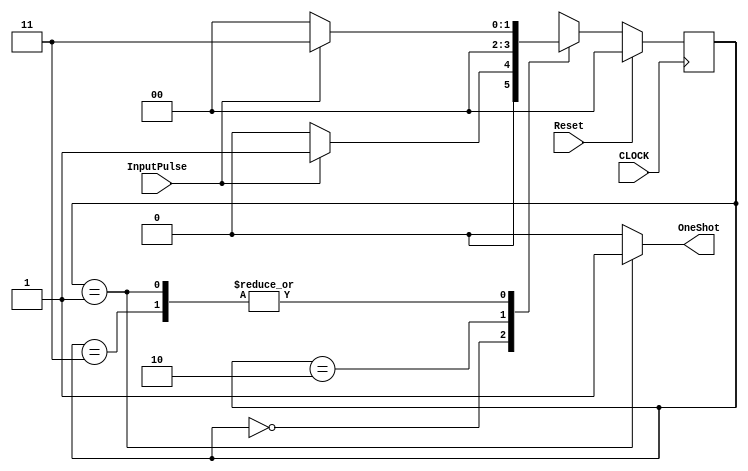
`timescale 1ns / 1ps
//////////////////////////////////////////////////////////////////////////////////
// CM Box: 			 1608 & 1876
//
// Module Name:    CRTClockGenerator
// Description:
//
// 4-bit universal bidirectional counter
//
//////////////////////////////////////////////////////////////////////////////////

module ClockedOneShot(InputPulse, OneShot, Reset, CLOCK);

input		InputPulse, Reset, CLOCK;
output reg OneShot;
parameter State0=0, State1=1, State2=2, State3=3;
reg [1:0] State;

always@(State)
	if(State==State1) OneShot<=1;
	else OneShot<=0;

always @ (posedge CLOCK)
	if(Reset==1)	State <= 0; else
	case (State)
	0:	if (InputPulse==0) State<=State0; else State<=State1;
	1:	if (InputPulse==0) State<=State0; else State<=State3;
	2:	State<=State0;
	3:	if (InputPulse==0) State<=State0; else State<=State3;
	endcase
endmodule